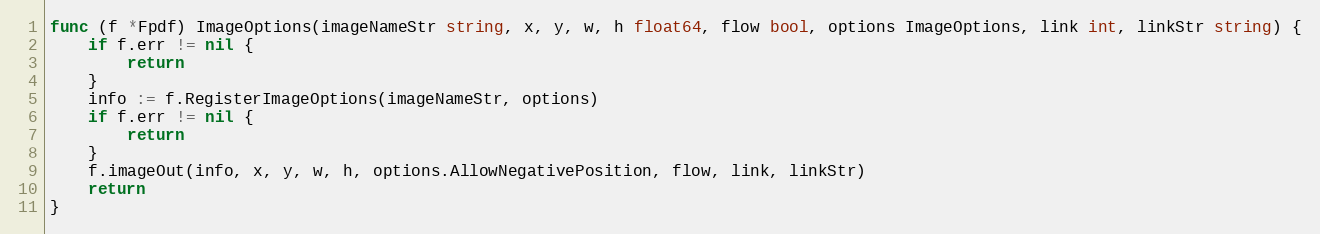
Language: Go
func (f *Fpdf) ImageOptions(imageNameStr string, x, y, w, h float64, flow bool, options ImageOptions, link int, linkStr string) {
	if f.err != nil {
		return
	}
	info := f.RegisterImageOptions(imageNameStr, options)
	if f.err != nil {
		return
	}
	f.imageOut(info, x, y, w, h, options.AllowNegativePosition, flow, link, linkStr)
	return
}